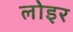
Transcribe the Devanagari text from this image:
लोइर